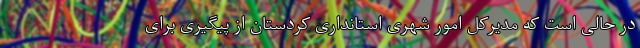
در حالی است که مدیرکل امور شهری استانداری کردستان از پیگیری برای